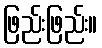
ဖြည်းဖြည်း။